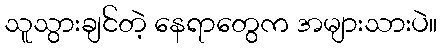
သူသွားချင်တဲ့ နေရာတွေက အများသားပဲ။